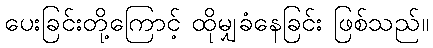
ပေးခြင်းတို့ကြောင့် ထိုမျှခံနေခြင်း ဖြစ်သည်။